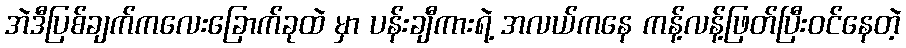
အဲဒီပြစ်ချက်ကလေးခြောက်ခုထဲ မှာ ပန်းချီကားရဲ့ အလယ်ကနေ ကန့်လန့်ဖြတ်ပြီးဝင်နေတဲ့